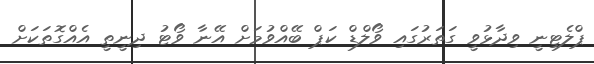
ޕްލެޓިނީ ވިދާޅުވީ ގަތަރުގައި ވޯލްޑް ކަޕް ބޭއްވުމަށް އޭނާ ވޯޓު ދިނީތީ އެއްގޮތަކަށް